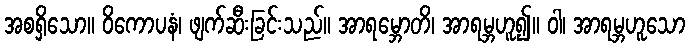
အစရှိသော။ ဝိကောပနံ၊ ဖျက်ဆီးခြင်းသည်။ အာရမ္ဘောတိ၊ အာရမ္ဘဟူ၍။ ဝါ၊ အာရမ္ဘဟူသော